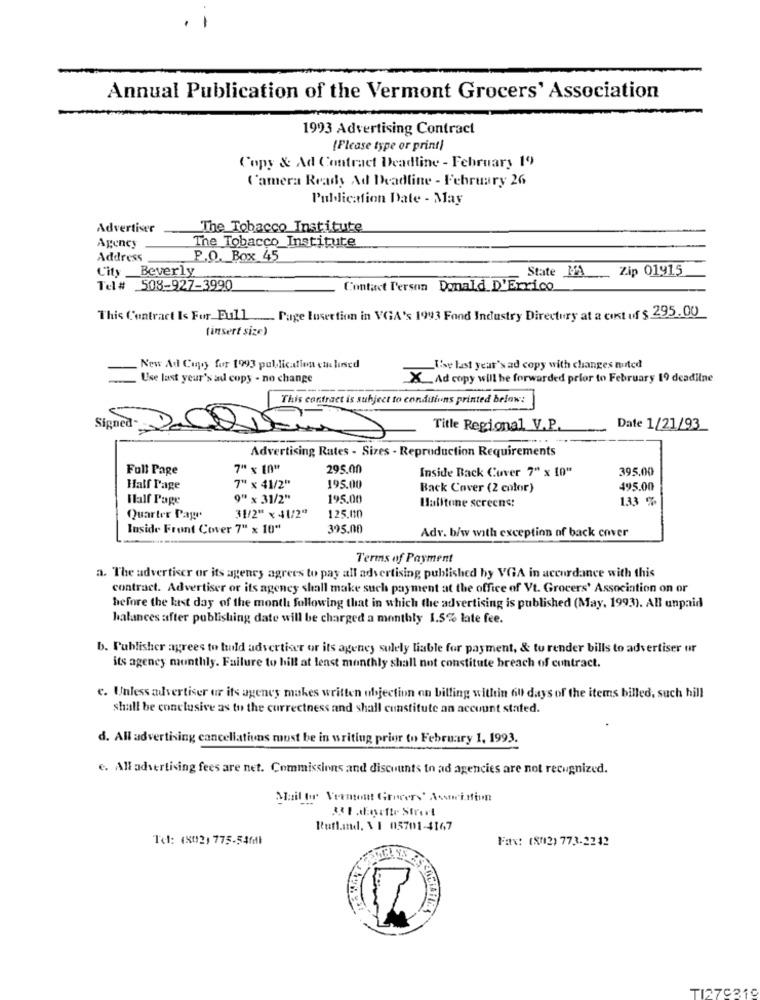
Annual Publication of the Vermont Grocers' Association
1993 Advertising Contract
{Please type or print)
Copy & Ad Contract Deadline - February 19
Camera Ready Ad Deadline - February 26
Publication Date - May
Advertiser
The Tobacco Institute
The Tobacco Institute
Agency
Address
P.O. Box 45
City _Beverly
State MA
Zip 01915
Tel # 508-927-3990
Contact Person Donald D'Errico
This Contract Is For. Full ___ Page Inser tion in VGA's 1993 Fond Industry Directory at a cost of $ 295.00
(insert size)
New Ad Cono for 1993 publication et losed
The last year's ad copy with changes muted
Use last year's ad copy - no change
X Ad copy will be forwarded prior to February 19 deadline
This contract is subject to conditions printed below:
Signed 200DE
Title Regional V.P.
Date 1/21/93
Advertising Rates - Sizes - Reproduction Requirements
Full Page
7" x 10"
295.00
Inside Back Cover 7" x 10"
395.00
Half Page
7" x 41/2"
195.00
Back Cover (2 color)
495.00
Half Page
9" x 31/2"
195.00
Halftone screens:
133 %
125.00
Quarter Page
31/2" x 41/2"
Inside Front Cover 7" x 10"
395.00
Adv. b/w with exception of back cover
Terms of Payment
a. The advertiser or its agency agrees to pay all advertising published by VGA in accordance with this
contract. Advertiser or its agency shall make such payment at the office of Vt. Grocers' Association on or
before the last day of the month following that in which the advertising is published (May, 1993). All unpaid
halances after publishing date will be charged a monthly 1.5% late fee.
b. Publisher agrees to tudd advertiser or its agency sulely liable for payment, & to render bills to advertiser or
its agency monthly. Failure to hill at least monthly shall not constitute breach of contract.
e. Unless advertiser ur its ageney makes written objection on billing within 6ill days of the items billed, such hill
shall be conclusive as to the currectness and shall constitute an account stated.
d. All advertising cancellatiuns must be in writing prior to February 1, 1993.
e. All advertising fees are net. Commissions and discounts to ad agencies are not recognized.
Mail for Vermont Grocers' Asawinion
33 1 .dansette Street
Rutland. \ 1 05701-4167
Tel: (8012) 775-54fdl
Fax: (8/12) 773-2242
TI270319